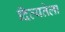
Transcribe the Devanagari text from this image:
दिव्यतेला